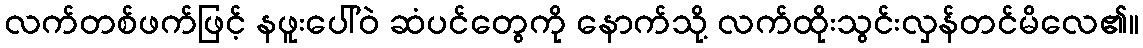
လက်တစ်ဖက်ဖြင့် နဖူးပေါ်ဝဲ ဆံပင်တွေကို နောက်သို့ လက်ထိုးသွင်းလှန်တင်မိလေ၏။